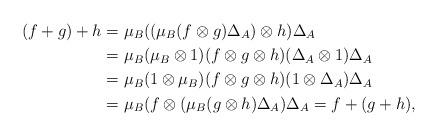
LaTeX: \begin{align*} (f+g)+h &= \mu_B((\mu_B(f \otimes g) \Delta_A) \otimes h ) \Delta_A \\ &= \mu_B (\mu_B \otimes 1)(f \otimes g \otimes h) (\Delta_A \otimes 1) \Delta_A \\ &= \mu_B (1 \otimes \mu_B)(f \otimes g \otimes h)(1 \otimes \Delta_A)\Delta_A \\ &= \mu_B (f \otimes (\mu_B (g \otimes h) \Delta_A) \Delta_A = f+(g+h),\end{align*}